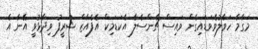
މަގާމާ ހަވާލުވެވަޑައިގެން ވައިސް ޗާންސެލާ އެކަޑަމިކް އެފެއާޒް ޝަރީފު ވިދާޅުވީ އޭނާ އެ